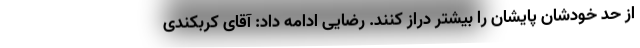
از حد خودشان پایشان را بیشتر دراز کنند. رضایی ادامه داد: آقای کربکندی